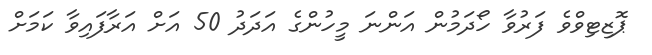
ޕޮޒިޓިވްވެ ފަރުވާ ހޯދަމުން އަންނަ މީހުންގެ އަދަދު 50 އަށް އަރާފައިވާ ކަމަށް